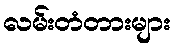
လမ်းတံတားများ